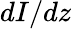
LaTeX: dI/dz